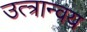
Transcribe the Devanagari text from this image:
उत्त्रान्वय